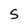
Character: S